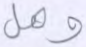
وهل